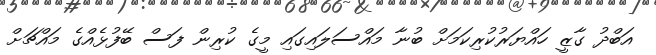
އަބްދު ގާޒީ ހައްޔަރުކުރިކަމަށް ބުނާ މައްސަލައިގައި މީގެ ކުރިން ފަސް ބޭފުޅެއްގެ މައްޗަށް